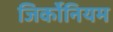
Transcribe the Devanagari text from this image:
जिर्कोनियम